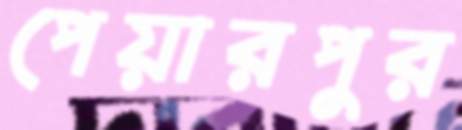
পেয়ারপুর